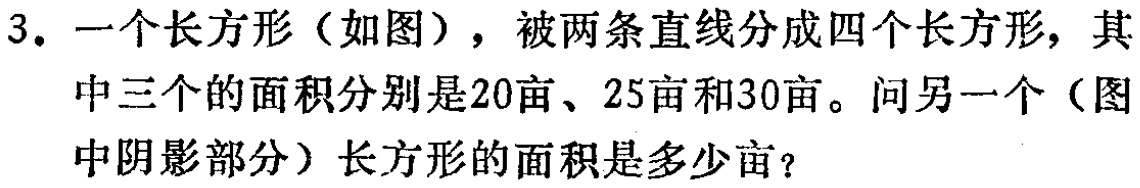
3. 一个长方形（如图），被两条直线分成四个长方形，其中三个的面积分别是20亩、25亩和30亩。问另一个（图中阴影部分）长方形的面积是多少亩？